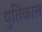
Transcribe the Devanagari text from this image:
युतिकाल